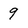
Character: 9